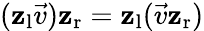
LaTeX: (\mathbf{z}_{\mathrm{{l}}}{\vec{v}})\mathbf{z}_{\mathrm{{r}}}=\mathbf{z}_{\mathrm{{l}}}({\vec{v}}\mathbf{z}_{\mathrm{{r}}})